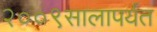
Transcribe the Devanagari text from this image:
२००९सालापर्यंत